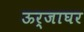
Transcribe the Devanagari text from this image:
ऊर्जाघर